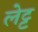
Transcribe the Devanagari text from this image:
लेट्ट